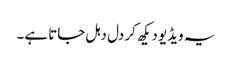
یہ ویڈیو دیکھ کر دل دہل جاتا ہے۔